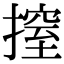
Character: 𢲼